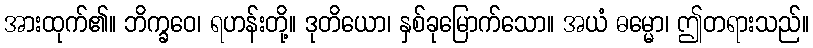
အားထုက်၏။ ဘိက္ခဝေ၊ ရဟန်းတို့။ ဒုတိယော၊ နှစ်ခုမြောက်သော။ အယံ ဓမ္မော၊ ဤတရားသည်။